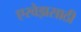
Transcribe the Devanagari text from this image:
एरवेझसाठी